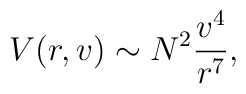
V(r,v)\sim N^{2}\frac{v^{4}}{r^{7}},